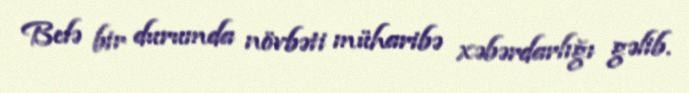
Belə bir durumda növbəti müharibə xəbərdarlığı gəlib.